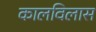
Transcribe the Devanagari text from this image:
कालविलास